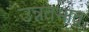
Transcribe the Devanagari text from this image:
उन्नतभाव